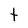
Character: t